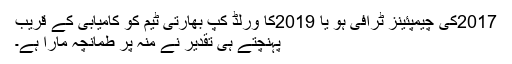
2017کی چیمپئینز ٹرافی ہو یا 2019کا ورلڈ کپ بھارتی ٹیم کو کامیابی کے قریب
پہنچتے ہی تقدیر نے منہ پر طمانچہ مارا ہے۔